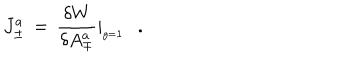
J _ { \pm } ^ { a } \, = \, { \frac { \delta W } { \delta A _ { \mp } ^ { a } } } \vert _ { _ { g = { \bf 1 } } } \, \, \, \, .